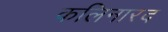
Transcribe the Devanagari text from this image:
कलिनारद